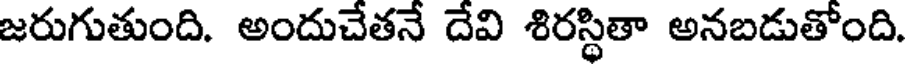
జరుగుతుంది. అందుచేతనే దేవి శిరస్థితా అనబడుతోంది.